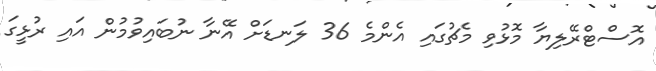
އޮސްޓްރޭލިޔާ މޮޅުވި މެޗުގައި އެންމެ 36 ލަނޑަށް އޭނާ ނުބައިވުމުން އައި ރުޅީގަ